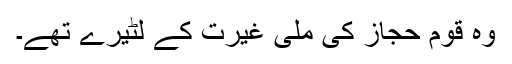
وہ قوم حجاز کی ملی غیرت کے لٹیرے تھے۔